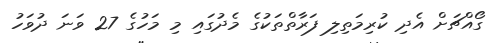
ގޯއްޗަށް އެދި ކުރިމަތިލި ފަރާތްތަކުގެ މެދުގައި މި މަހުގެ 27 ވަނަ ދުވަހު